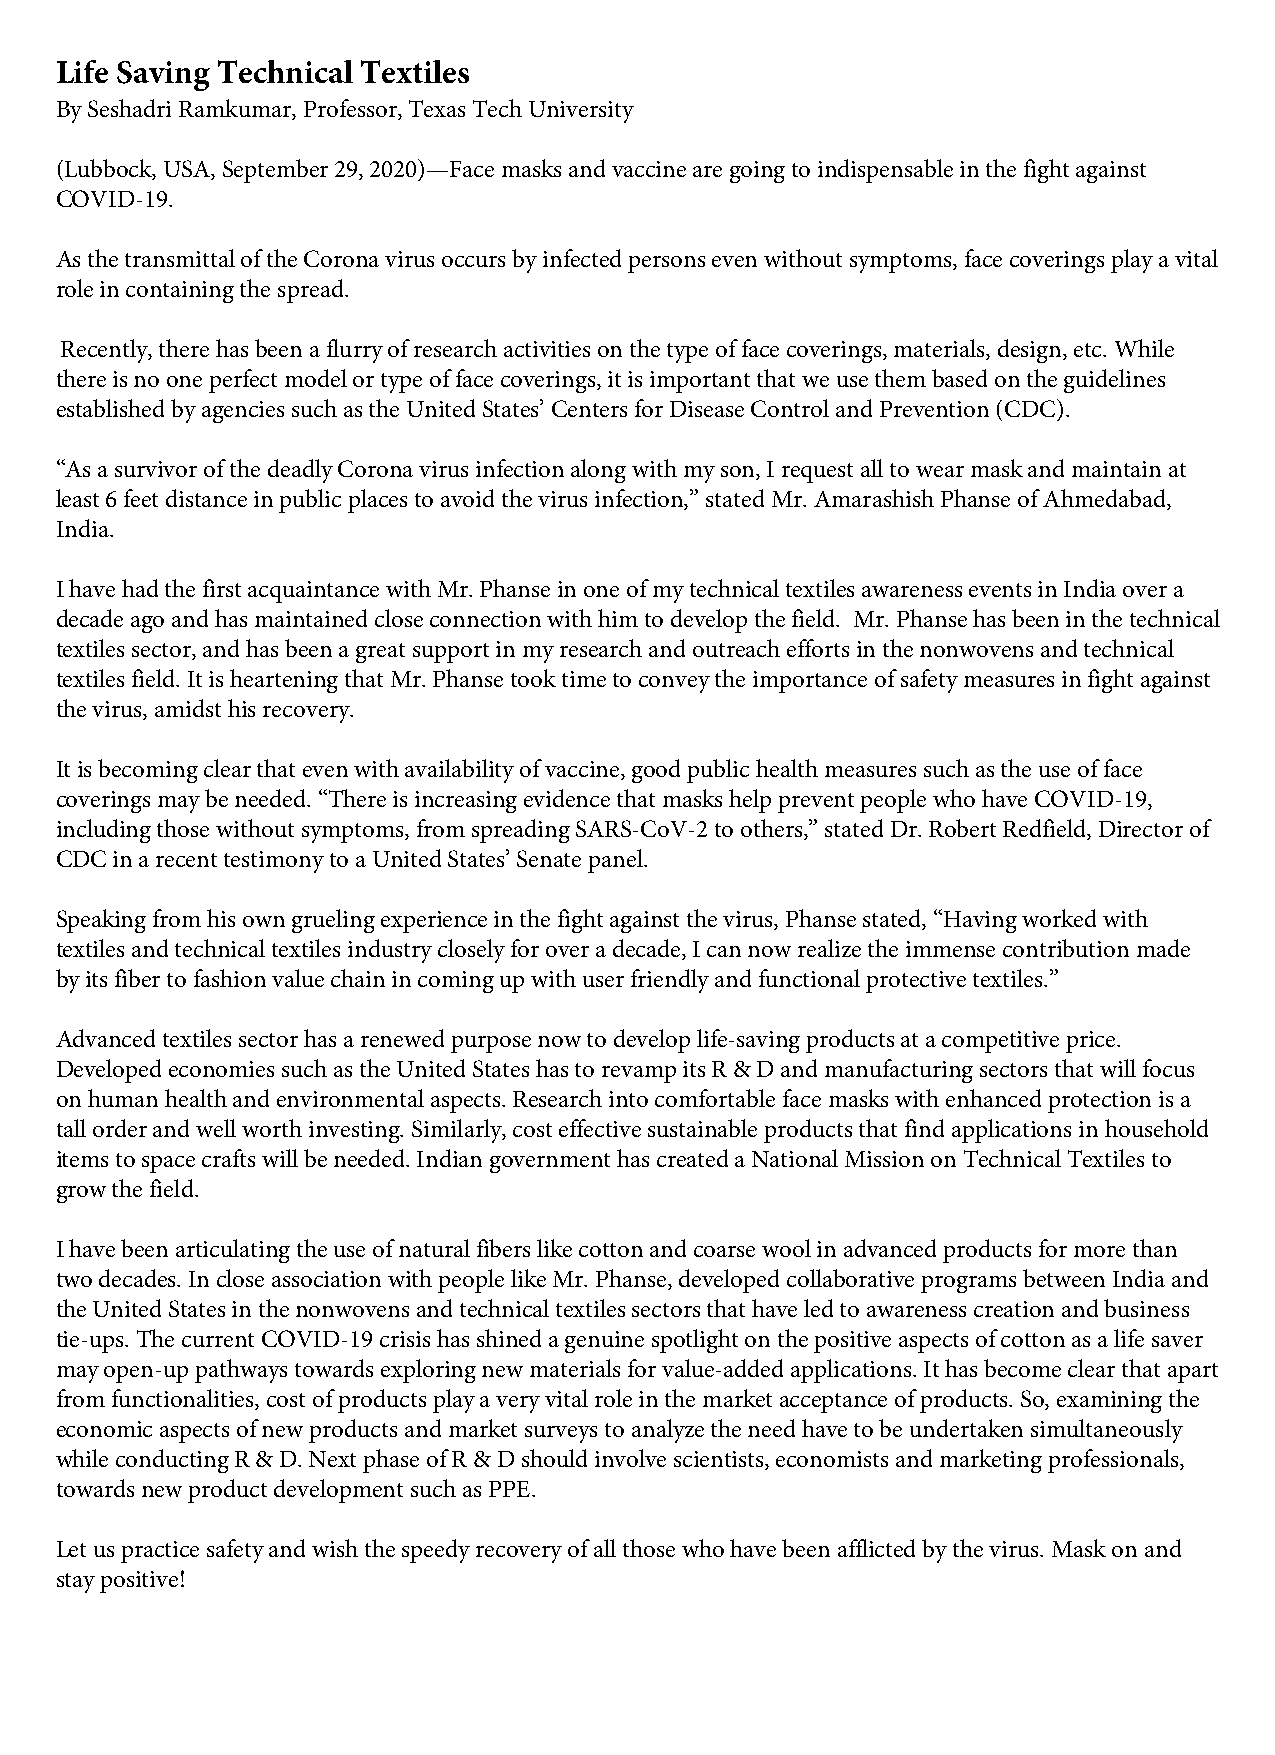
Life Saving Technical Textiles
 By Seshadri Ramkumar, Professor, Texas Tech University
 (Lubbock, USA, September 29, 2020)—Face masks and vaccine are going to indispensable in the fight against
 COVID-19.
 As the transmittal of the Corona virus occurs by infected persons even without symptoms, face coverings play a vital
 role in containing the spread.
 Recently, there has been a flurry of research activities on the type of face coverings, materials, design, etc. While
 there is no one perfect model or type of face coverings, it is important that we use them based on the guidelines
 established by agencies such as the United States’ Centers for Disease Control and Prevention (CDC).
 “As a survivor of the deadly Corona virus infection along with my son, I request all to wear mask and maintain at
 least 6 feet distance in public places to avoid the virus infection,” stated Mr. Amarashish Phanse of Ahmedabad,
 India.
 I have had the first acquaintance with Mr. Phanse in one of my technical textiles awareness events in India over a
 decade ago and has maintained close connection with him to develop the field. Mr. Phanse has been in the technical
 textiles sector, and has been a great support in my research and outreach efforts in the nonwovens and technical
 textiles field. It is heartening that Mr. Phanse took time to convey the importance of safety measures in fight against
 the virus, amidst his recovery.
 It is becoming clear that even with availability of vaccine, good public health measures such as the use of face
 coverings may be needed. “There is increasing evidence that masks help prevent people who have COVID-19,
 including those without symptoms, from spreading SARS-CoV-2 to others,” stated Dr. Robert Redfield, Director of
 CDC in a recent testimony to a United States’ Senate panel.
 Speaking from his own grueling experience in the fight against the virus, Phanse stated, “Having worked with
 textiles and technical textiles industry closely for over a decade, I can now realize the immense contribution made
 by its fiber to fashion value chain in coming up with user friendly and functional protective textiles.”
 Advanced textiles sector has a renewed purpose now to develop life-saving products at a competitive price.
 Developed economies such as the United States has to revamp its R & D and manufacturing sectors that will focus
 on human health and environmental aspects. Research into comfortable face masks with enhanced protection is a
 tall order and well worth investing. Similarly, cost effective sustainable products that find applications in household
 items to space crafts will be needed. Indian government has created a National Mission on Technical Textiles to
 grow the field.
 I have been articulating the use of natural fibers like cotton and coarse wool in advanced products for more than
 two decades. In close association with people like Mr. Phanse, developed collaborative programs between India and
 the United States in the nonwovens and technical textiles sectors that have led to awareness creation and business
 tie-ups. The current COVID-19 crisis has shined a genuine spotlight on the positive aspects of cotton as a life saver
 may open-up pathways towards exploring new materials for value-added applications. It has become clear that apart
 from functionalities, cost of products play a very vital role in the market acceptance of products. So, examining the
 economic aspects of new products and market surveys to analyze the need have to be undertaken simultaneously
 while conducting R & D. Next phase of R & D should involve scientists, economists and marketing professionals,
 towards new product development such as PPE.
 Let us practice safety and wish the speedy recovery of all those who have been afflicted by the virus. Mask on and
 stay positive!